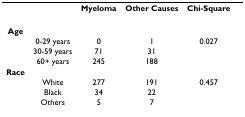
<table><thead><tr><td></td><td></td><td><b>Myeloma</b></td><td><b>Other Causes</b></td><td><b>Chi-Square</b></td><td></td></tr></thead><tbody><tr><td><b>Age</b></td><td></td><td></td><td></td><td></td><td></td></tr><tr><td></td><td>0-29 years</td><td>0</td><td>1</td><td>0.027</td><td></td></tr><tr><td></td><td>30-59 years</td><td>71</td><td>31</td><td></td><td></td></tr><tr><td></td><td>60+ years</td><td>245</td><td>188</td><td></td><td></td></tr><tr><td><b>Race</b></td><td></td><td></td><td></td><td></td><td></td></tr><tr><td></td><td>White</td><td>277</td><td>191</td><td>0.457</td><td></td></tr><tr><td></td><td>Black</td><td>34</td><td>22</td><td></td><td></td></tr><tr><td></td><td>Others</td><td>5</td><td>7</td><td></td><td></td></tr></tbody></table>